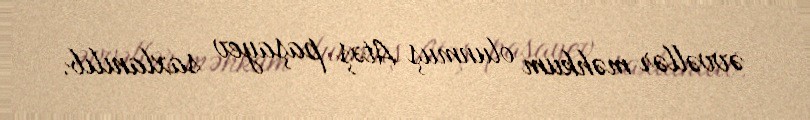
əvvəllər məhkum olunmuş Atəş paşayev saxlanılıb.